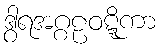
ဒွါရအဂ္ဂဠဝဋ္ဋိကာ